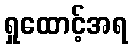
ရှုထောင့်အရ